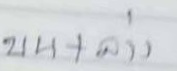
บน + ล่าง